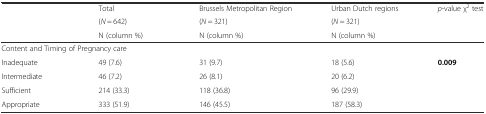
|  | Total | Brussels Metropolitan Region | Urban Dutch regions | p-value χ2 test |
 |  | (N = 642) | (N = 321) | (N = 321) |  |
 |  | N (column %) | N (column %) | N (column %) |  |
 | --- | --- | --- | --- | --- |
 | <COLSPAN=2> Content and Timing of Pregnancy care |  |  |  |
 | Inadequate | 49 (7.6) | 31 (9.7) | 18 (5.6) | 0.009 |
 | Intermediate | 46 (7.2) | 26 (8.1) | 20 (6.2) |  |
 | Sufficient | 214 (33.3) | 118 (36.8) | 96 (29.9) |  |
 | Appropriate | 333 (51.9) | 146 (45.5) | 187 (58.3) |  |